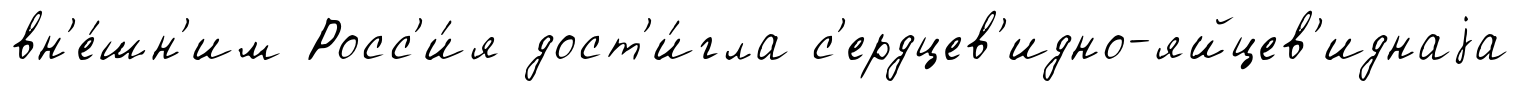
вн'е́шн'им Росс'и́я дост'и́гла с'ердцев'идно-яйцев'иднаjа